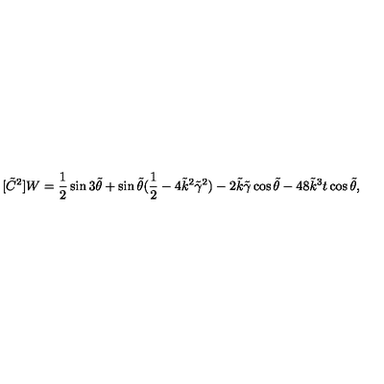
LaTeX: [ \tilde { C } ^ { 2 } ] W = { \frac { 1 } { 2 } } \sin { 3 \tilde { \theta } } + \sin { \tilde { \theta } } ( { \frac { 1 } { 2 } } - 4 \tilde { k } ^ { 2 } \tilde { \gamma } ^ { 2 } ) - 2 \tilde { k } \tilde { \gamma } \cos { \tilde { \theta } } - 4 8 \tilde { k } ^ { 3 } t \cos { \tilde { \theta } } ,